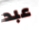
عبد